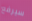
سيرفع